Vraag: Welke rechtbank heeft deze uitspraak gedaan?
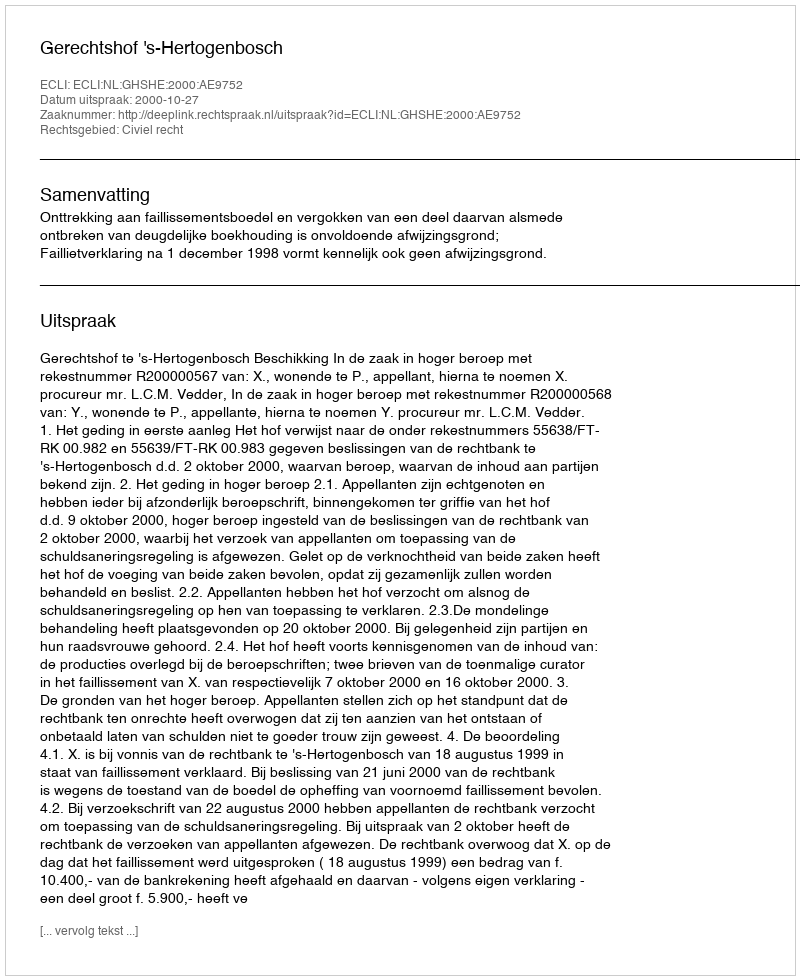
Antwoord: Gerechtshof 's-Hertogenbosch